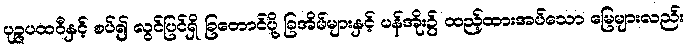
ပုဉ္ဇပထဝီနှင့် စပ်၍ လွင်ပြင်ရှိ ခြတောင်ပို့ ခြအိမ်များနှင့် ပန်အိုး၌ ထည့်ထားအပ်သော မြေများလည်း